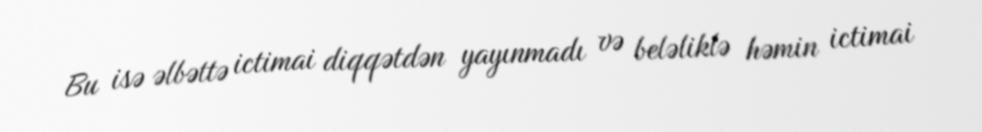
Bu isə əlbəttə ictimai diqqətdən yayınmadı və beləliklə həmin ictimai